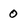
Character: 0